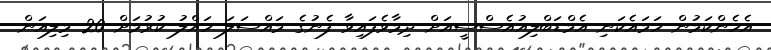
އެހެންކަމުން ހަމައެކަނި އެމްޑަބްލިއުއެސްސީއަށް ދިމާވެފައިވާ ފެނުގެ މައްސަލަ ހައްލު ކުރުމަށް 20 މިލިއަން